Lunatic asylums United Provinces 1909-1921 - 1909-1921
Year: 1909
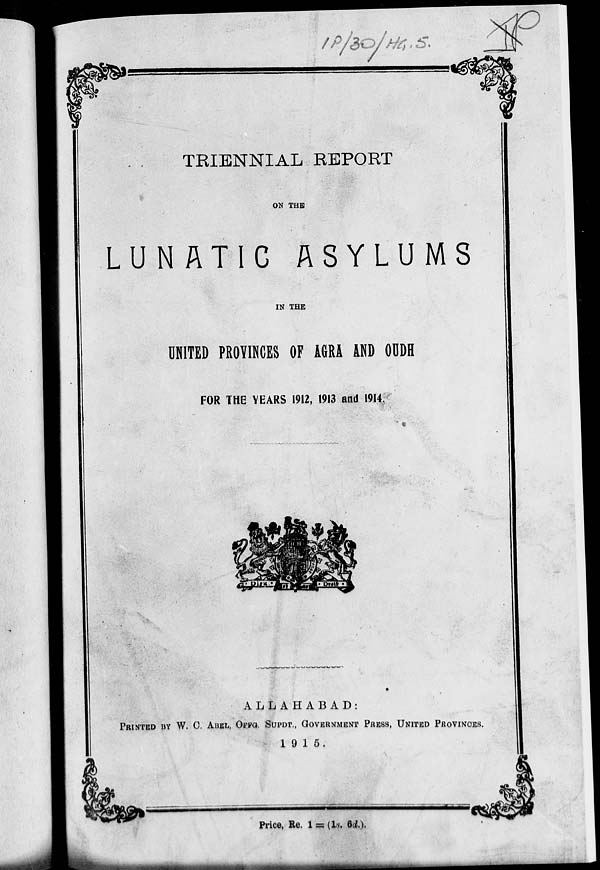
TRIENNIAL REPORT
ON THE
LUNATIC ASYLUMS
IN THE
UNITED PROVINCES OF AGRA AND OUDH
FOR THE YEARS 1912, 1913 and 1914
ALLAHABAD:
PRINTED BY W. C. ABEL, OFFG. SUPDT., GOVERNMENT PRESS, UNITED PROVINCES.
1915.
Price, Re. 1 = (1s. 6d.).